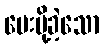
ပေးပို့ခဲ့သော